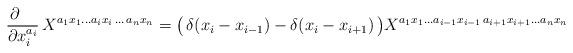
LaTeX: \begin{align*}\frac {\partial \phantom{iii}} {\partial x_i^{a_i}} \,X^{a_1 x_1\ldots a_i x_i \,\ldots\,a_nx_n} = \bigl( \,\delta(x_i-x_{i-1}) - \delta(x_i-x_{i+1}) \,\bigr) X^{ a_1 x_1\ldots a_{i-1} x_{i-1}\,a_{i+1} x_{i+1}\ldots a_n x_n}\end{align*}